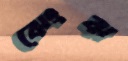
ঝেংঝ